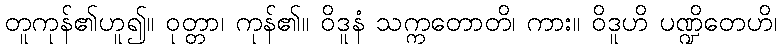
တူကုန်၏ဟူ၍။ ဝုတ္တာ၊ ကုန်၏။ ဝိဒူနံ သက္ကတောတိ၊ ကား။ ဝိဒူဟိ ပဏ္ဍိတေဟိ၊